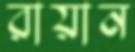
রায়ান